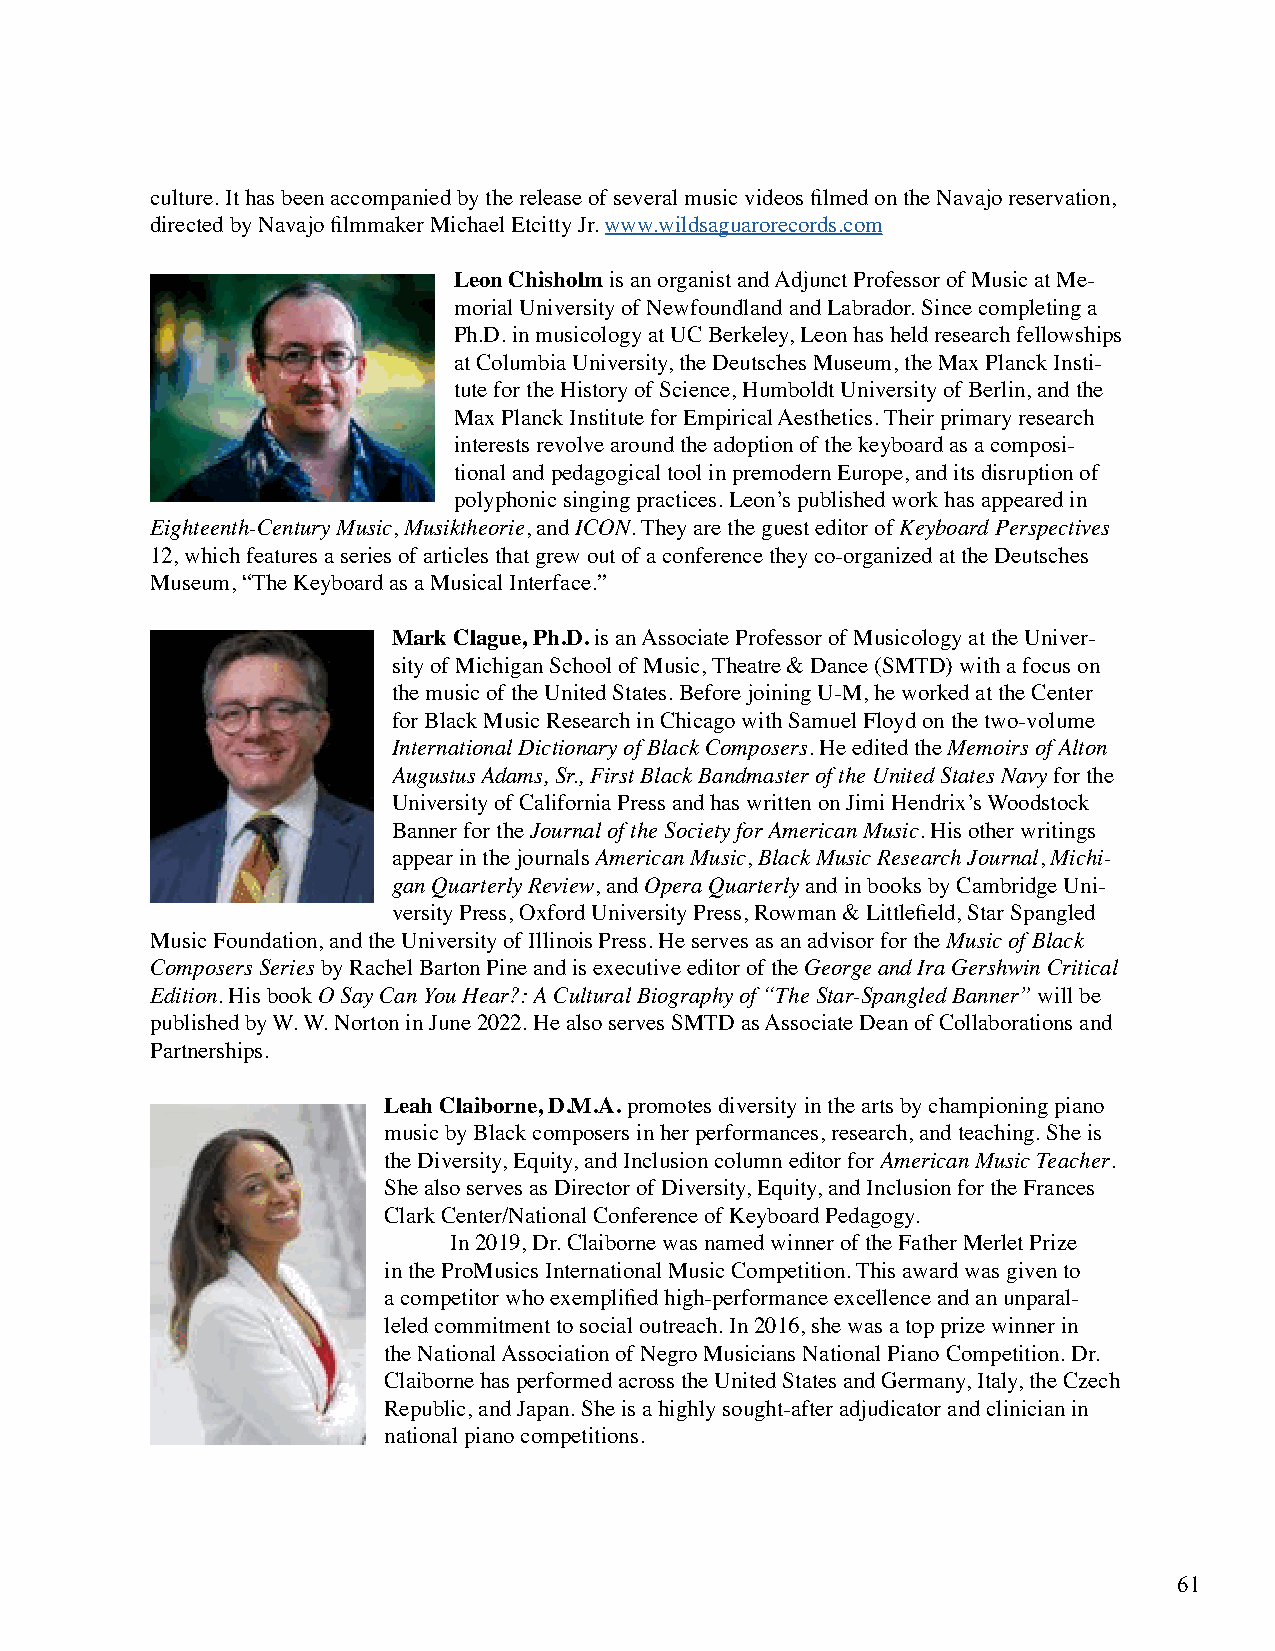
culture. It has been accompanied by the release of several music videos filmed on the Navajo reservation,
 directed by Navajo filmmaker Michael Etcitty Jr. www.wildsaguarorecords.com
 Leon Chisholm is an organist and Adjunct Professor of Music at Me-
 morial University of Newfoundland and Labrador. Since completing a
 Ph.D. in musicology at UC Berkeley, Leon has held research fellowships
 at Columbia University, the Deutsches Museum, the Max Planck Insti-
 tute for the History of Science, Humboldt University of Berlin, and the
 Max Planck Institute for Empirical Aesthetics. Their primary research
 interests revolve around the adoption of the keyboard as a composi-
 tional and pedagogical tool in premodern Europe, and its disruption of
 polyphonic singing practices. Leon’s published work has appeared in
 Eighteenth-Century Music, Musiktheorie, and ICON. They are the guest editor of Keyboard Perspectives
 12, which features a series of articles that grew out of a conference they co-organized at the Deutsches
 Museum, “The Keyboard as a Musical Interface.”
 Mark Clague, Ph.D. is an Associate Professor of Musicology at the Univer-
 sity of Michigan School of Music, Theatre & Dance (SMTD) with a focus on
 the music of the United States. Before joining U-M, he worked at the Center
 for Black Music Research in Chicago with Samuel Floyd on the two-volume
 International Dictionary of Black Composers. He edited the Memoirs of Alton
 Augustus Adams, Sr., First Black Bandmaster of the United States Navy for the
 University of California Press and has written on Jimi Hendrix’s Woodstock
 Banner for the Journal of the Society for American Music. His other writings
 appear in the journals American Music, Black Music Research Journal, Michi-
 gan Quarterly Review, and Opera Quarterly and in books by Cambridge Uni-
 versity Press, Oxford University Press, Rowman & Littlefield, Star Spangled
 Music Foundation, and the University of Illinois Press. He serves as an advisor for the Music of Black
 Composers Series by Rachel Barton Pine and is executive editor of the George and Ira Gershwin Critical
 Edition. His book O Say Can You Hear?: A Cultural Biography of “The Star-Spangled Banner” will be
 published by W. W. Norton in June 2022. He also serves SMTD as Associate Dean of Collaborations and
 Partnerships.
 Leah Claiborne, D.M.A. promotes diversity in the arts by championing piano
 music by Black composers in her performances, research, and teaching. She is
 the Diversity, Equity, and Inclusion column editor for American Music Teacher.
 She also serves as Director of Diversity, Equity, and Inclusion for the Frances
 Clark Center/National Conference of Keyboard Pedagogy.
 In 2019, Dr. Claiborne was named winner of the Father Merlet Prize
 in the ProMusics International Music Competition. This award was given to
 a competitor who exemplified high-performance excellence and an unparal-
 leled commitment to social outreach. In 2016, she was a top prize winner in
 the National Association of Negro Musicians National Piano Competition. Dr.
 Claiborne has performed across the United States and Germany, Italy, the Czech
 Republic, and Japan. She is a highly sought-after adjudicator and clinician in
 national piano competitions.
 61